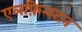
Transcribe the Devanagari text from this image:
एलफ़िन्स्टन